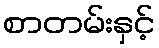
စာတမ်းနှင့်